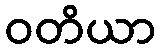
ဝတိယာ